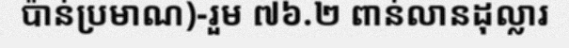
ប៉ាន់ប្រមាណ)-រួម ៧៦.២ ពាន់លានដុល្លារ